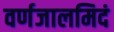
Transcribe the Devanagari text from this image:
वर्णजालमिदं